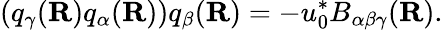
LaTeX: (q_{\gamma}({\mathbf R})q_{\alpha}({\mathbf R}))q_{\beta}({\mathbf R})=-u_{0}^{*}B_{\alpha\beta\gamma}({\mathbf R}).